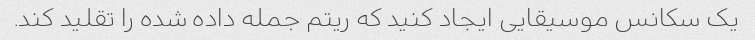
یک سکانس موسیقایی ایجاد کنید که ریتم جمله داده شده را تقلید کند.